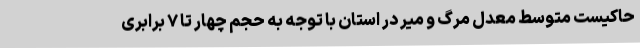
حاکیست متوسط معدل مرگ و میر در استان با توجه به حجم چهار تا ٧ برابری